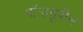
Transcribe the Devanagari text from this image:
पॉर्‍हसुदील